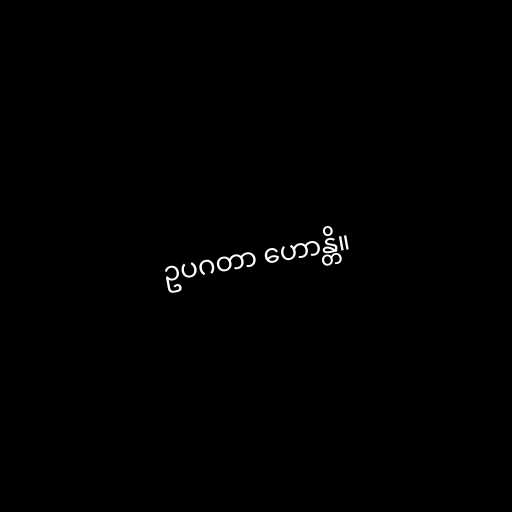
ဥပဂတာ ဟောန္တိ။